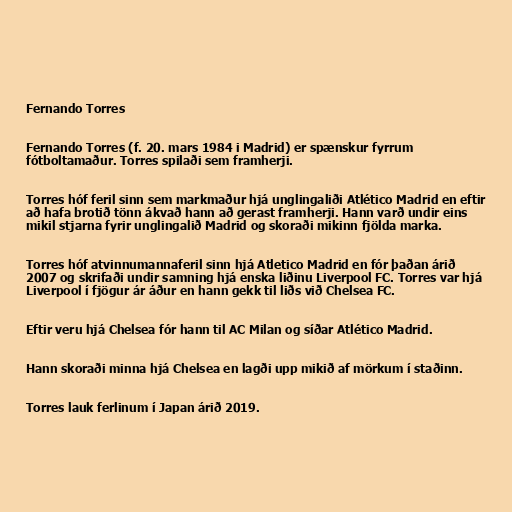
Fernando Torres

Fernando Torres (f. 20. mars 1984 i Madrid) er spænskur fyrrum
fótboltamaður. Torres spilaði sem framherji.

Torres hóf feril sinn sem markmaður hjá unglingaliði Atlético Madrid en eftir
að hafa brotið tönn ákvað hann að gerast framherji. Hann varð undir eins
mikil stjarna fyrir unglingalið Madrid og skoraði mikinn fjölda marka.

Torres hóf atvinnumannaferil sinn hjá Atletico Madrid en fór þaðan árið
2007 og skrifaði undir samning hjá enska liðinu Liverpool FC. Torres var hjá
Liverpool í fjögur ár áður en hann gekk til liðs við Chelsea FC.

Eftir veru hjá Chelsea fór hann til AC Milan og síðar Atlético Madrid.

Hann skoraði minna hjá Chelsea en lagði upp mikið af mörkum í staðinn.

Torres lauk ferlinum í Japan árið 2019.